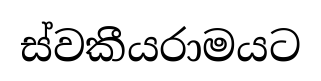
ස්වකීයරාමයට